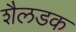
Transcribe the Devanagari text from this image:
शैलडक